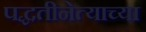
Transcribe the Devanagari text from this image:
पद्धतीनेत्याच्या